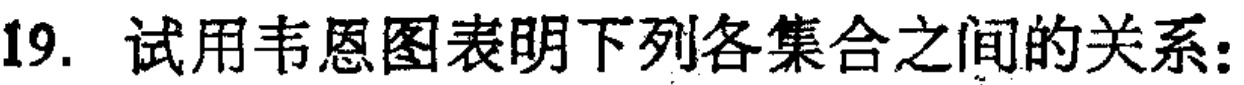
19. 试用韦恩图表明下列各集合之间的关系：